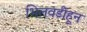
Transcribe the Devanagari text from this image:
भिलवडीहून